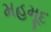
મહમૂદ